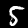
Digit: 5